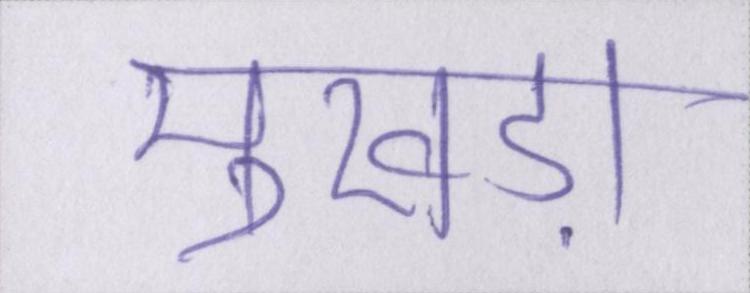
मुखड़ा